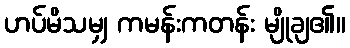
ဟပ်မိသမျှ ကမန်းကတန်း မျိုချ၏။